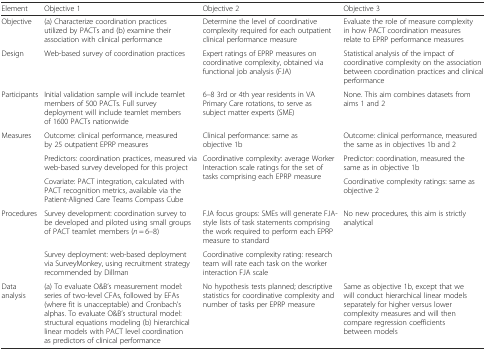
| Element | Objective 1 | Objective 2 | Objective 3 |
 | --- | --- | --- | --- |
 | Objective | (a) Characterize coordination practices utilized by PACTs and (b) examine their association with clinical performance | Determine the level of coordinative complexity required for each outpatient clinical performance measure | Evaluate the role of measure complexity in how PACT coordination measures relate to EPRP performance measures |
 | Design | Web-based survey of coordination practices | Expert ratings of EPRP measures on coordinative complexity, obtained via functional job analysis (FJA) | Statistical analysis of the impact of coordinative complexity on the association between coordination practices and clinical performance |
 | Participants | Initial validation sample will include teamlet members of 500 PACTs. Full survey deployment will include teamlet members of 1600 PACTs nationwide | 6–8 3rd or 4th year residents in VA Primary Care rotations, to serve as subject matter experts (SME) | None. This aim combines datasets from aims 1 and 2 |
 | <ROWSPAN=3> Measures | Outcome: clinical performance, measured by 25 outpatient EPRP measures | Clinical performance: same as objective 1b | Outcome: clinical performance, measured the same as in objectives 1b and 2 |
 | Predictors: coordination practices, measured via web-based survey developed for this project | <ROWSPAN=2> Coordinative complexity: average Worker Interaction scale ratings for the set of tasks comprising each EPRP measure | Predictor: coordination, measured the same as in objective 1b |
 | Covariate: PACT integration, calculated with PACT recognition metrics, available via the Patient-Aligned Care Teams Compass Cube | Coordinative complexity ratings: same as objective 2 |
 | <ROWSPAN=2> Procedures | Survey development: coordination survey to be developed and piloted using small groups of PACT teamlet members (n = 6–8) | FJA focus groups: SMEs will generate FJA-style lists of task statements comprising the work required to perform each EPRP measure to standard | <ROWSPAN=2> No new procedures, this aim is strictly analytical |
 | Survey deployment: web-based deployment via SurveyMonkey, using recruitment strategy recommended by Dillman | Coordinative complexity rating: research team will rate each task on the worker interaction FJA scale |
 | Data analysis | (a) To evaluate O&B’s measurement model: series of two-level CFAs, followed by EFAs (where fit is unacceptable) and Cronbach’s alphas. To evaluate O&B’s structural model: structural equations modeling (b) hierarchical linear models with PACT level coordination as predictors of clinical performance | No hypothesis tests planned; descriptive statistics for coordinative complexity and number of tasks per EPRP measure | Same as objective 1b, except that we will conduct hierarchical linear models separately for higher versus lower complexity measures and will then compare regression coefficients between models |